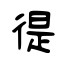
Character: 徥